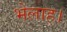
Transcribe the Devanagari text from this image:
भेलाह।